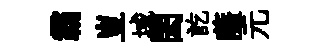
霸豈域閎訖薩元